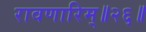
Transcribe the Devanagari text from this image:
रावणारिम्‌॥२६॥